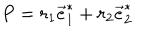
LaTeX: P = r _ { 1 } \vec { e } _ { 1 } ^ { * } + r _ { 2 } \vec { e } _ { 2 } ^ { * }